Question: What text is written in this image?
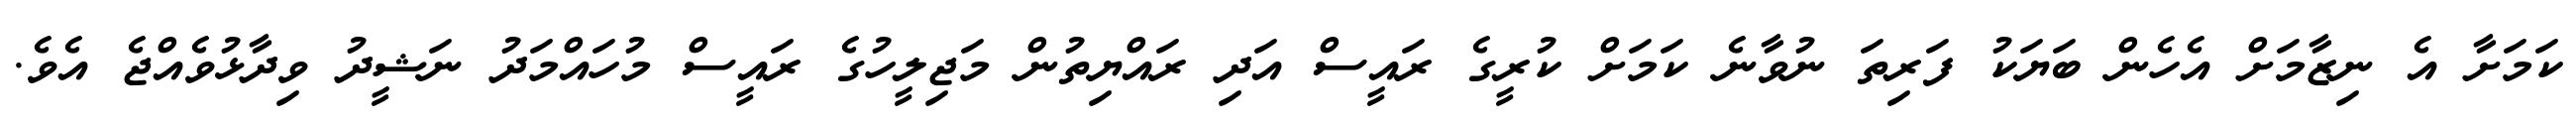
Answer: ކަމަށާ އެ ނިޒާމަށް އެހެން ބަޔަކު ފަރިތަ ނުވާނެ ކަމަށް ކުރީގެ ރައީސް އަދި ރައްޔިތުން މަޖިލީހުގެ ރައީސް މުހައްމަދު ނަޝީދު ވިދާޅުވެއްޖެ އެވެ.